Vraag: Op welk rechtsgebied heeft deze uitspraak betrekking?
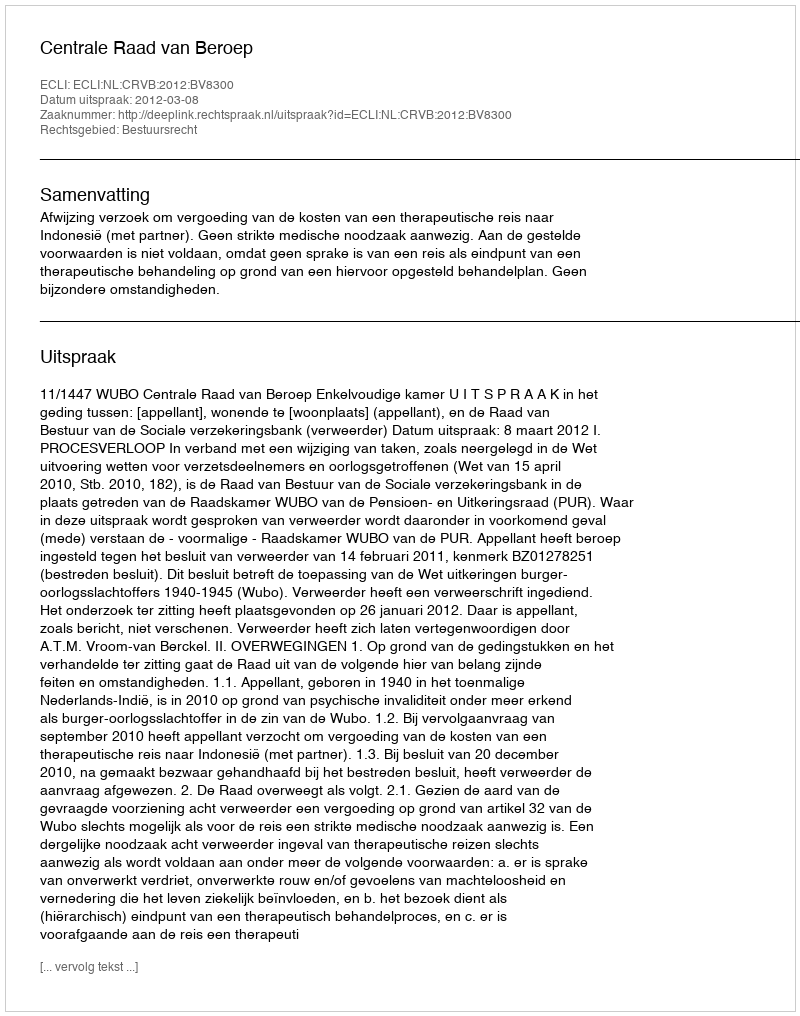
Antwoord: Bestuursrecht